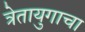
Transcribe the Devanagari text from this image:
त्रेतायुगाचा